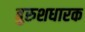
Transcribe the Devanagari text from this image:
बुरुशधारक